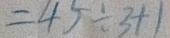
= 4 5 \div 3 + 1